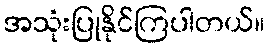
အသုံးပြုနိုင်ကြပါတယ်။